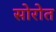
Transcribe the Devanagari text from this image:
सोरोत